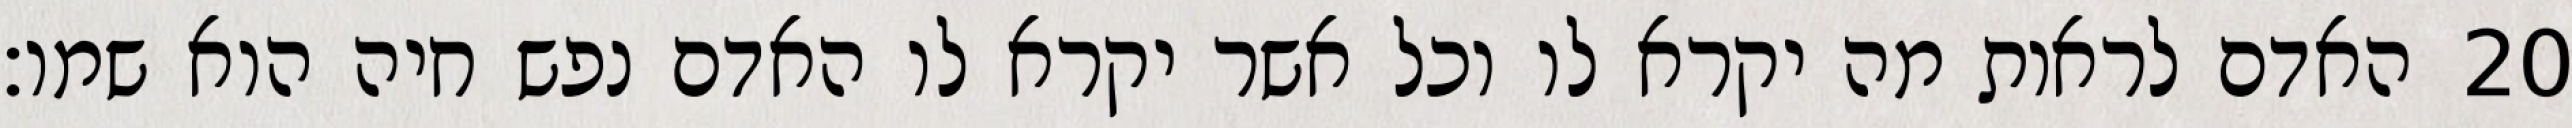
האדם לראות מה יקרא לו וכל אשר יקרא לו האדם נפש חיה הוא שמו׃ ‎20‏